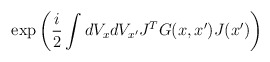
\begin{align*}\exp\left( \frac{i}{2}\int dV_x dV_{x'} J^T G(x,x') J(x')\right) \end{align*}